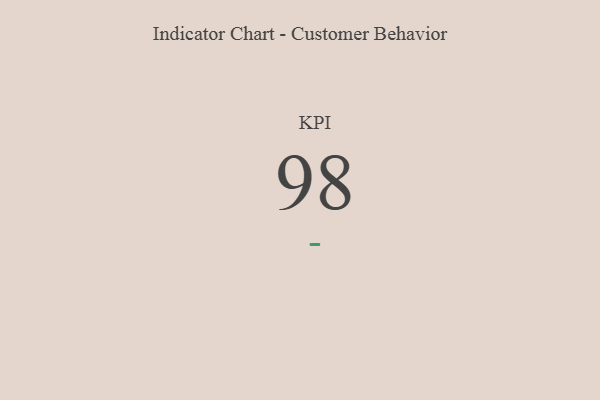
{"axis": {"x": "KPI", "y": "Value"}, "legend": [""], "data": [{"x": "KPI", "y": 98, "type": ""}]}